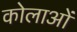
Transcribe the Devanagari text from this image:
कोलाओं